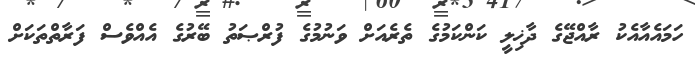
ހަމައެއާއެކު ރާއްޖޭގެ ދާޚިލީ ކަންކަމުގެ ތެރެއަށް ވަނުމުގެ ފުރްޞަތު ބޭރުގެ އެއްވެސް ފަރާތްތަކަށް